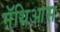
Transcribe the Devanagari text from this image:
मॅथिआस